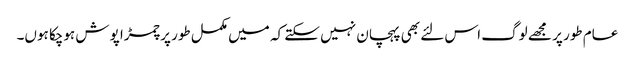
عام طور پر مجھے لوگ اس لئے بھی پہچان نہیں سکتے کہ میں مکمل طور پر چمڑا پوش ہوچکا ہوں۔